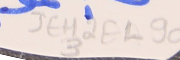
JEH2F1-903